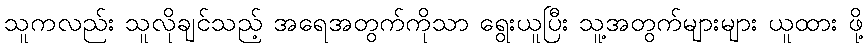
သူကလည်း သူလိုချင်သည့် အရေအတွက်ကိုသာ ရွေးယူပြီး သူ့အတွက်များများ ယူထား ဖို့